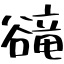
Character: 𧯇